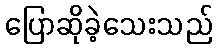
ပြောဆိုခဲ့သေးသည်